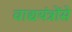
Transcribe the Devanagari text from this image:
वाद्ययंत्रोंसे